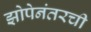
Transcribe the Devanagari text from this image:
झोपेनंतरची